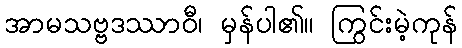
အာမသဗ္ဗဒဿာဝီ၊ မှန်ပါ၏။ ကြွင်းမဲ့ကုန်